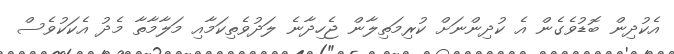
އެކުދިން ބޮޑުވެގެން އެ ކުދިންނަށް ކުރިމަތިލާން ޖެހިދާނެ ލަދުވެތިކަމާއި މަލާމާތާ މެދު އެކަކުވެސް